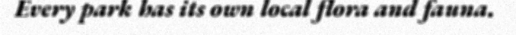
Every park has its own local flora and fauna.